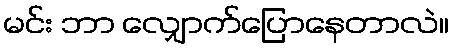
မင်း ဘာ လျှောက်ပြောနေတာလဲ။